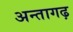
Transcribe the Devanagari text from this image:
अन्तागढ़